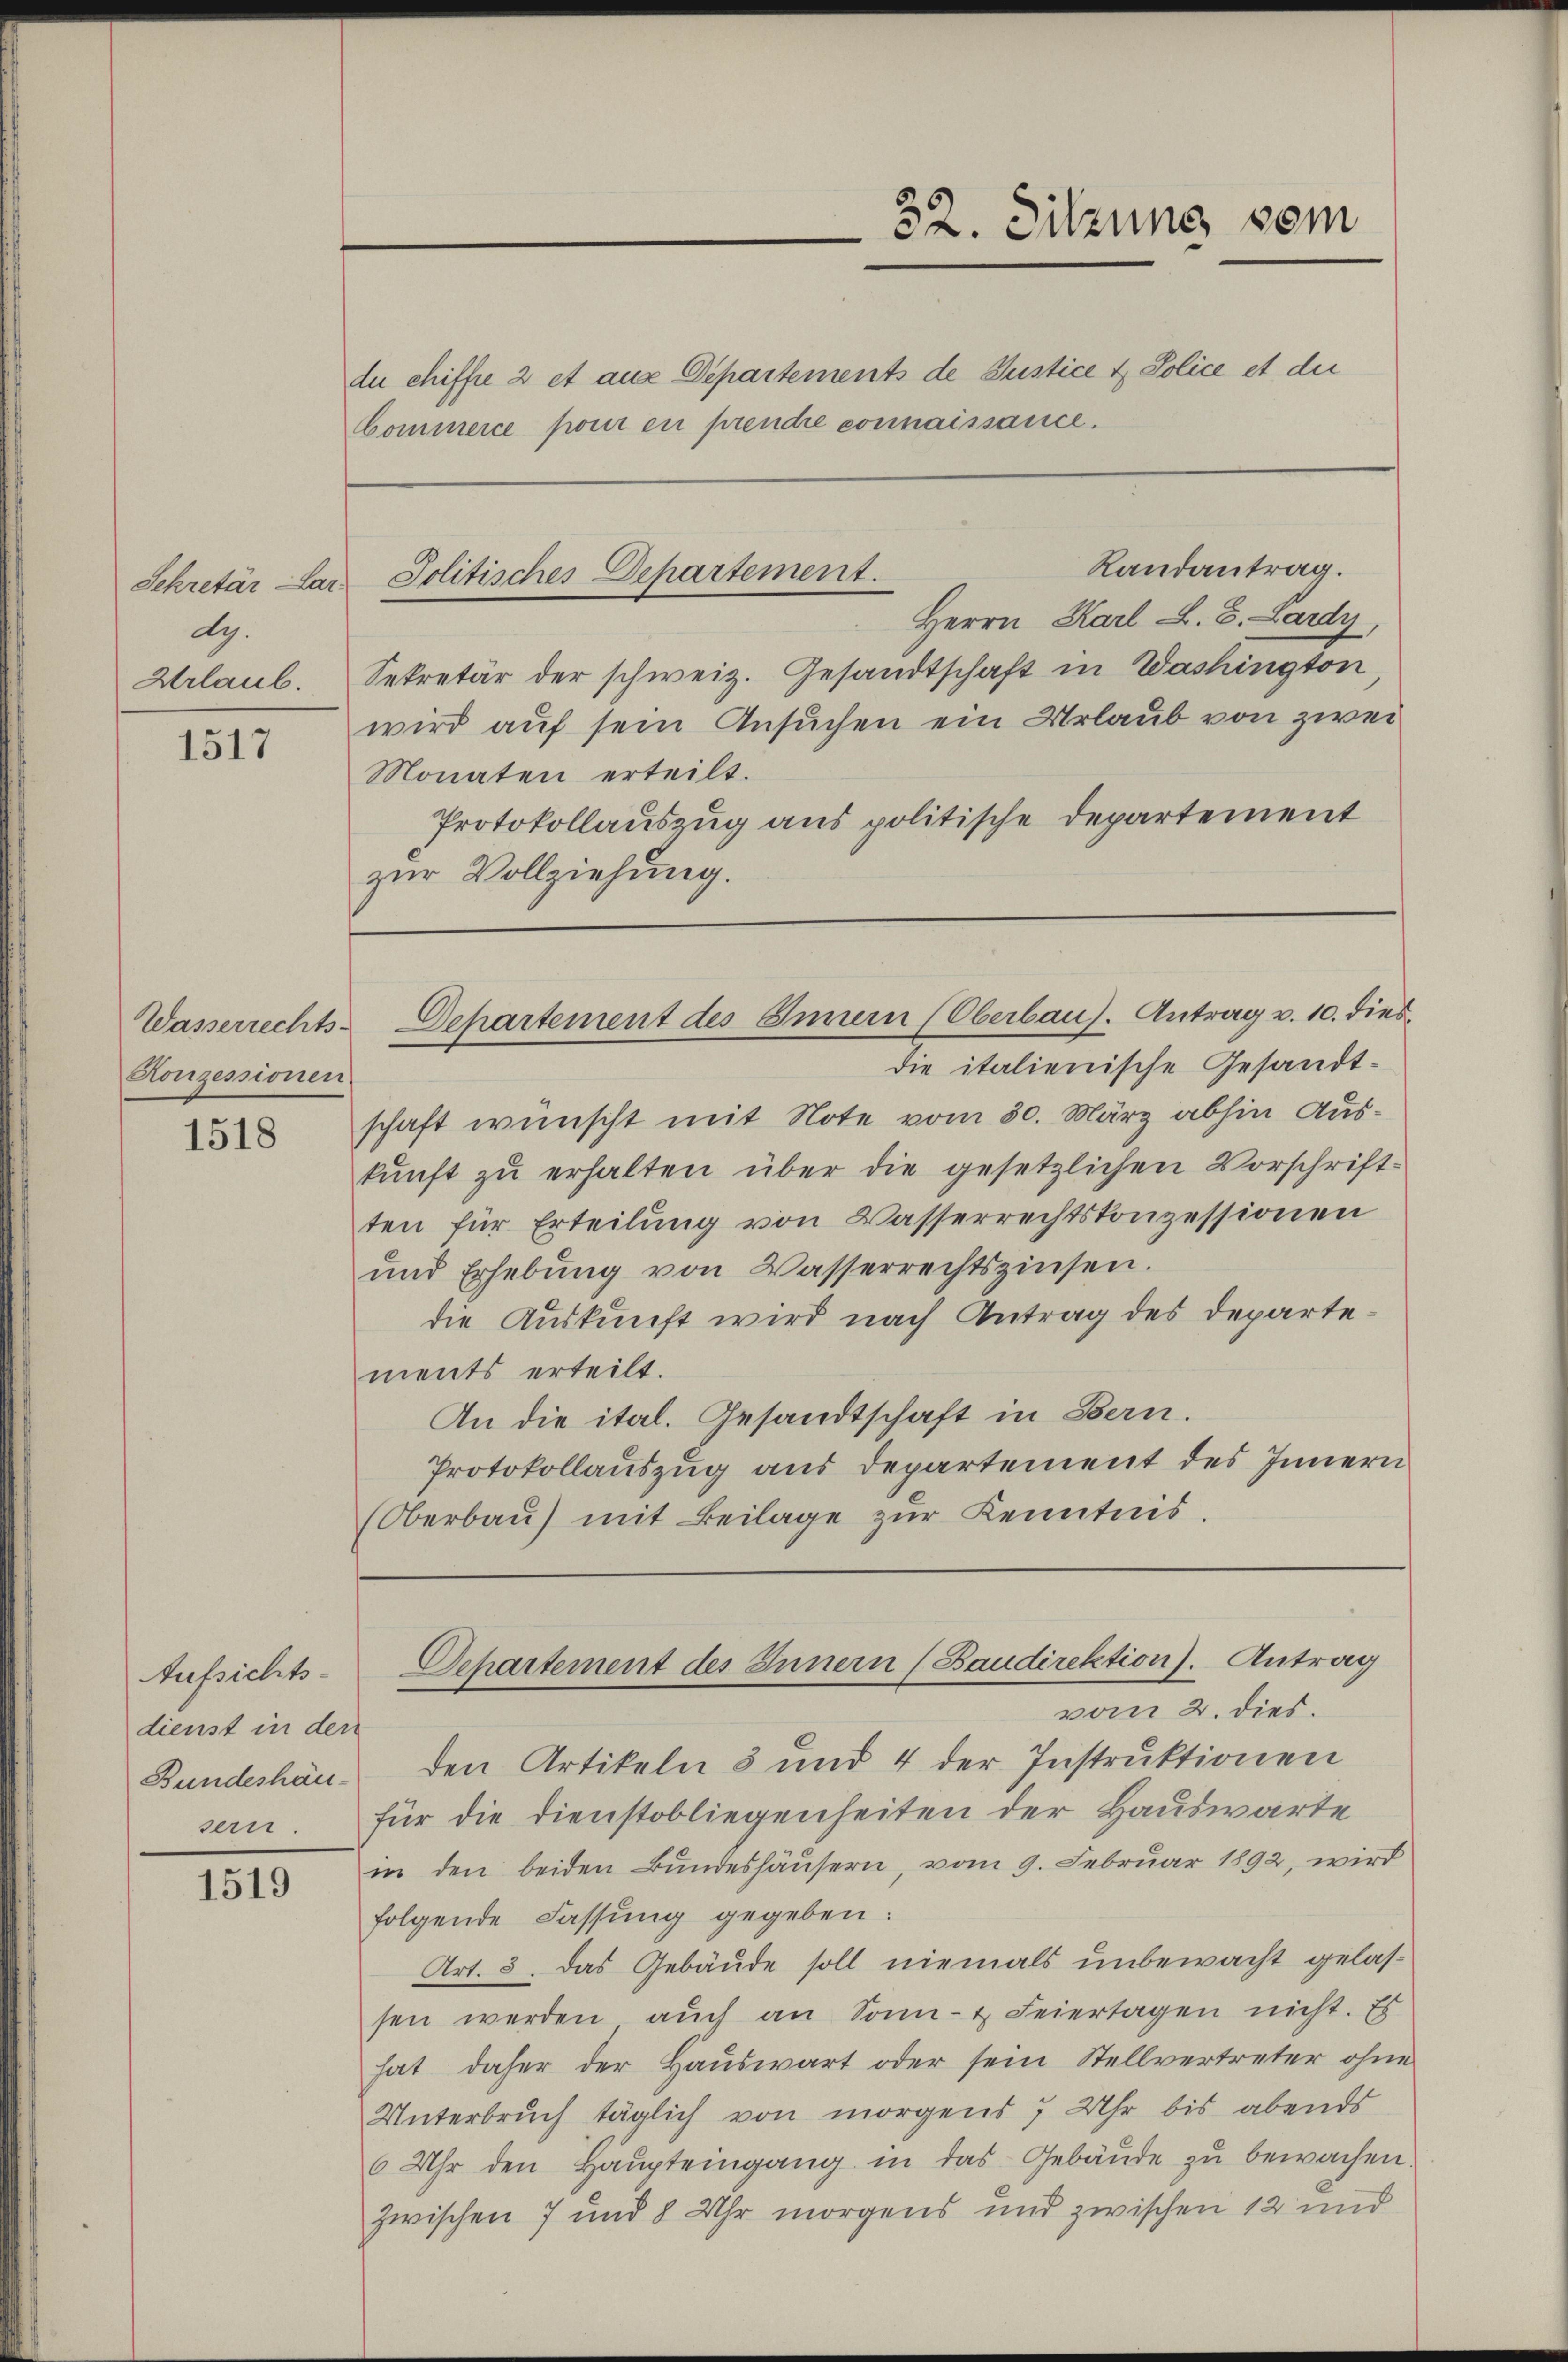
Sekretär Car
dy.
Urlaub.

1517

Konzessionen.

1518

Aufsichtsdienst in den
Bundeshäusern.

1519

du chiffe 2 et aus Departements de Justice & Police et die
Commerce pour en prendre connaissance.

Randantrag.
Herrn Karl L. B. Lardy,
Sekretär der schweiz. Gesandtschaft in Washington
wird auf sein Ansuchen ein Urlaub von zwei
Monaten erteilt.
Protokollauszug aus politische Departement
zŭr Vollziehung.

Jolitisches Departement.

Wasserrechts-Departement des Innern (Oberbau). Antrag v. 10. dies

die italienische Gesandt-
schaft wünscht mit Note vom 30. März abhin Auskŭnft zu erhalten über die gesetzlichen Vorschrift-
ten für Erteilung von Wasserrechtskonzessionen
und Erhebŭng von Wasserrechtszinsen.
die Auskunft wird nach Antrag des Departements erteilt.
An die ital. Gesandtschaft in Bern.
Protokollauszug aus Departement des Innern
(Oberbaŭ) mit Beilage zŭr Kenntnis.

vom 2. dies.
den Artikeln 3 und 4 der Instruktionen
für die Dienstobliegenheiten der Hauswarte
in den beiden Bundeshäusern, vom 9. Februar 1892, wird
folgende Fassung gegeben:
Art. 3. Das Gebäude soll niemals unbewacht gelassen werden aŭch an Sonn- & Feiertagen nicht. Es
hat daher der Hauswart oder sein Stellvertreter ohne
Unterbruch täglich von morgens 7 Uhr bis abends
6 Uhr den Haŭpteingang in das Gebäŭde zŭ bewachen.
zwischen 7 und 8 Uhr morgens und zwischen 12 und

32. Sitzung vom

Departement des Innern (Baudirektion). Antrag